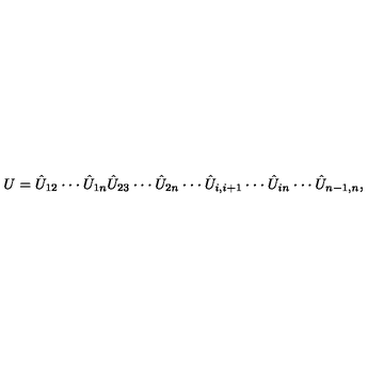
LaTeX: U = \hat { U } _ { 1 2 } \cdot \cdot \cdot \hat { U } _ { 1 n } \hat { U } _ { 2 3 } \cdot \cdot \cdot \hat { U } _ { 2 n } \cdot \cdot \cdot \hat { U } _ { i , i + 1 } \cdot \cdot \cdot \hat { U } _ { i n } \cdot \cdot \cdot \hat { U } _ { n - 1 , n } ,